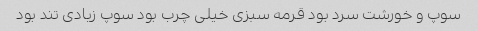
سوپ و خورشت سرد بود قرمه سبزی خیلی چرب بود سوپ زیادی تند بود